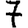
Digit: 7